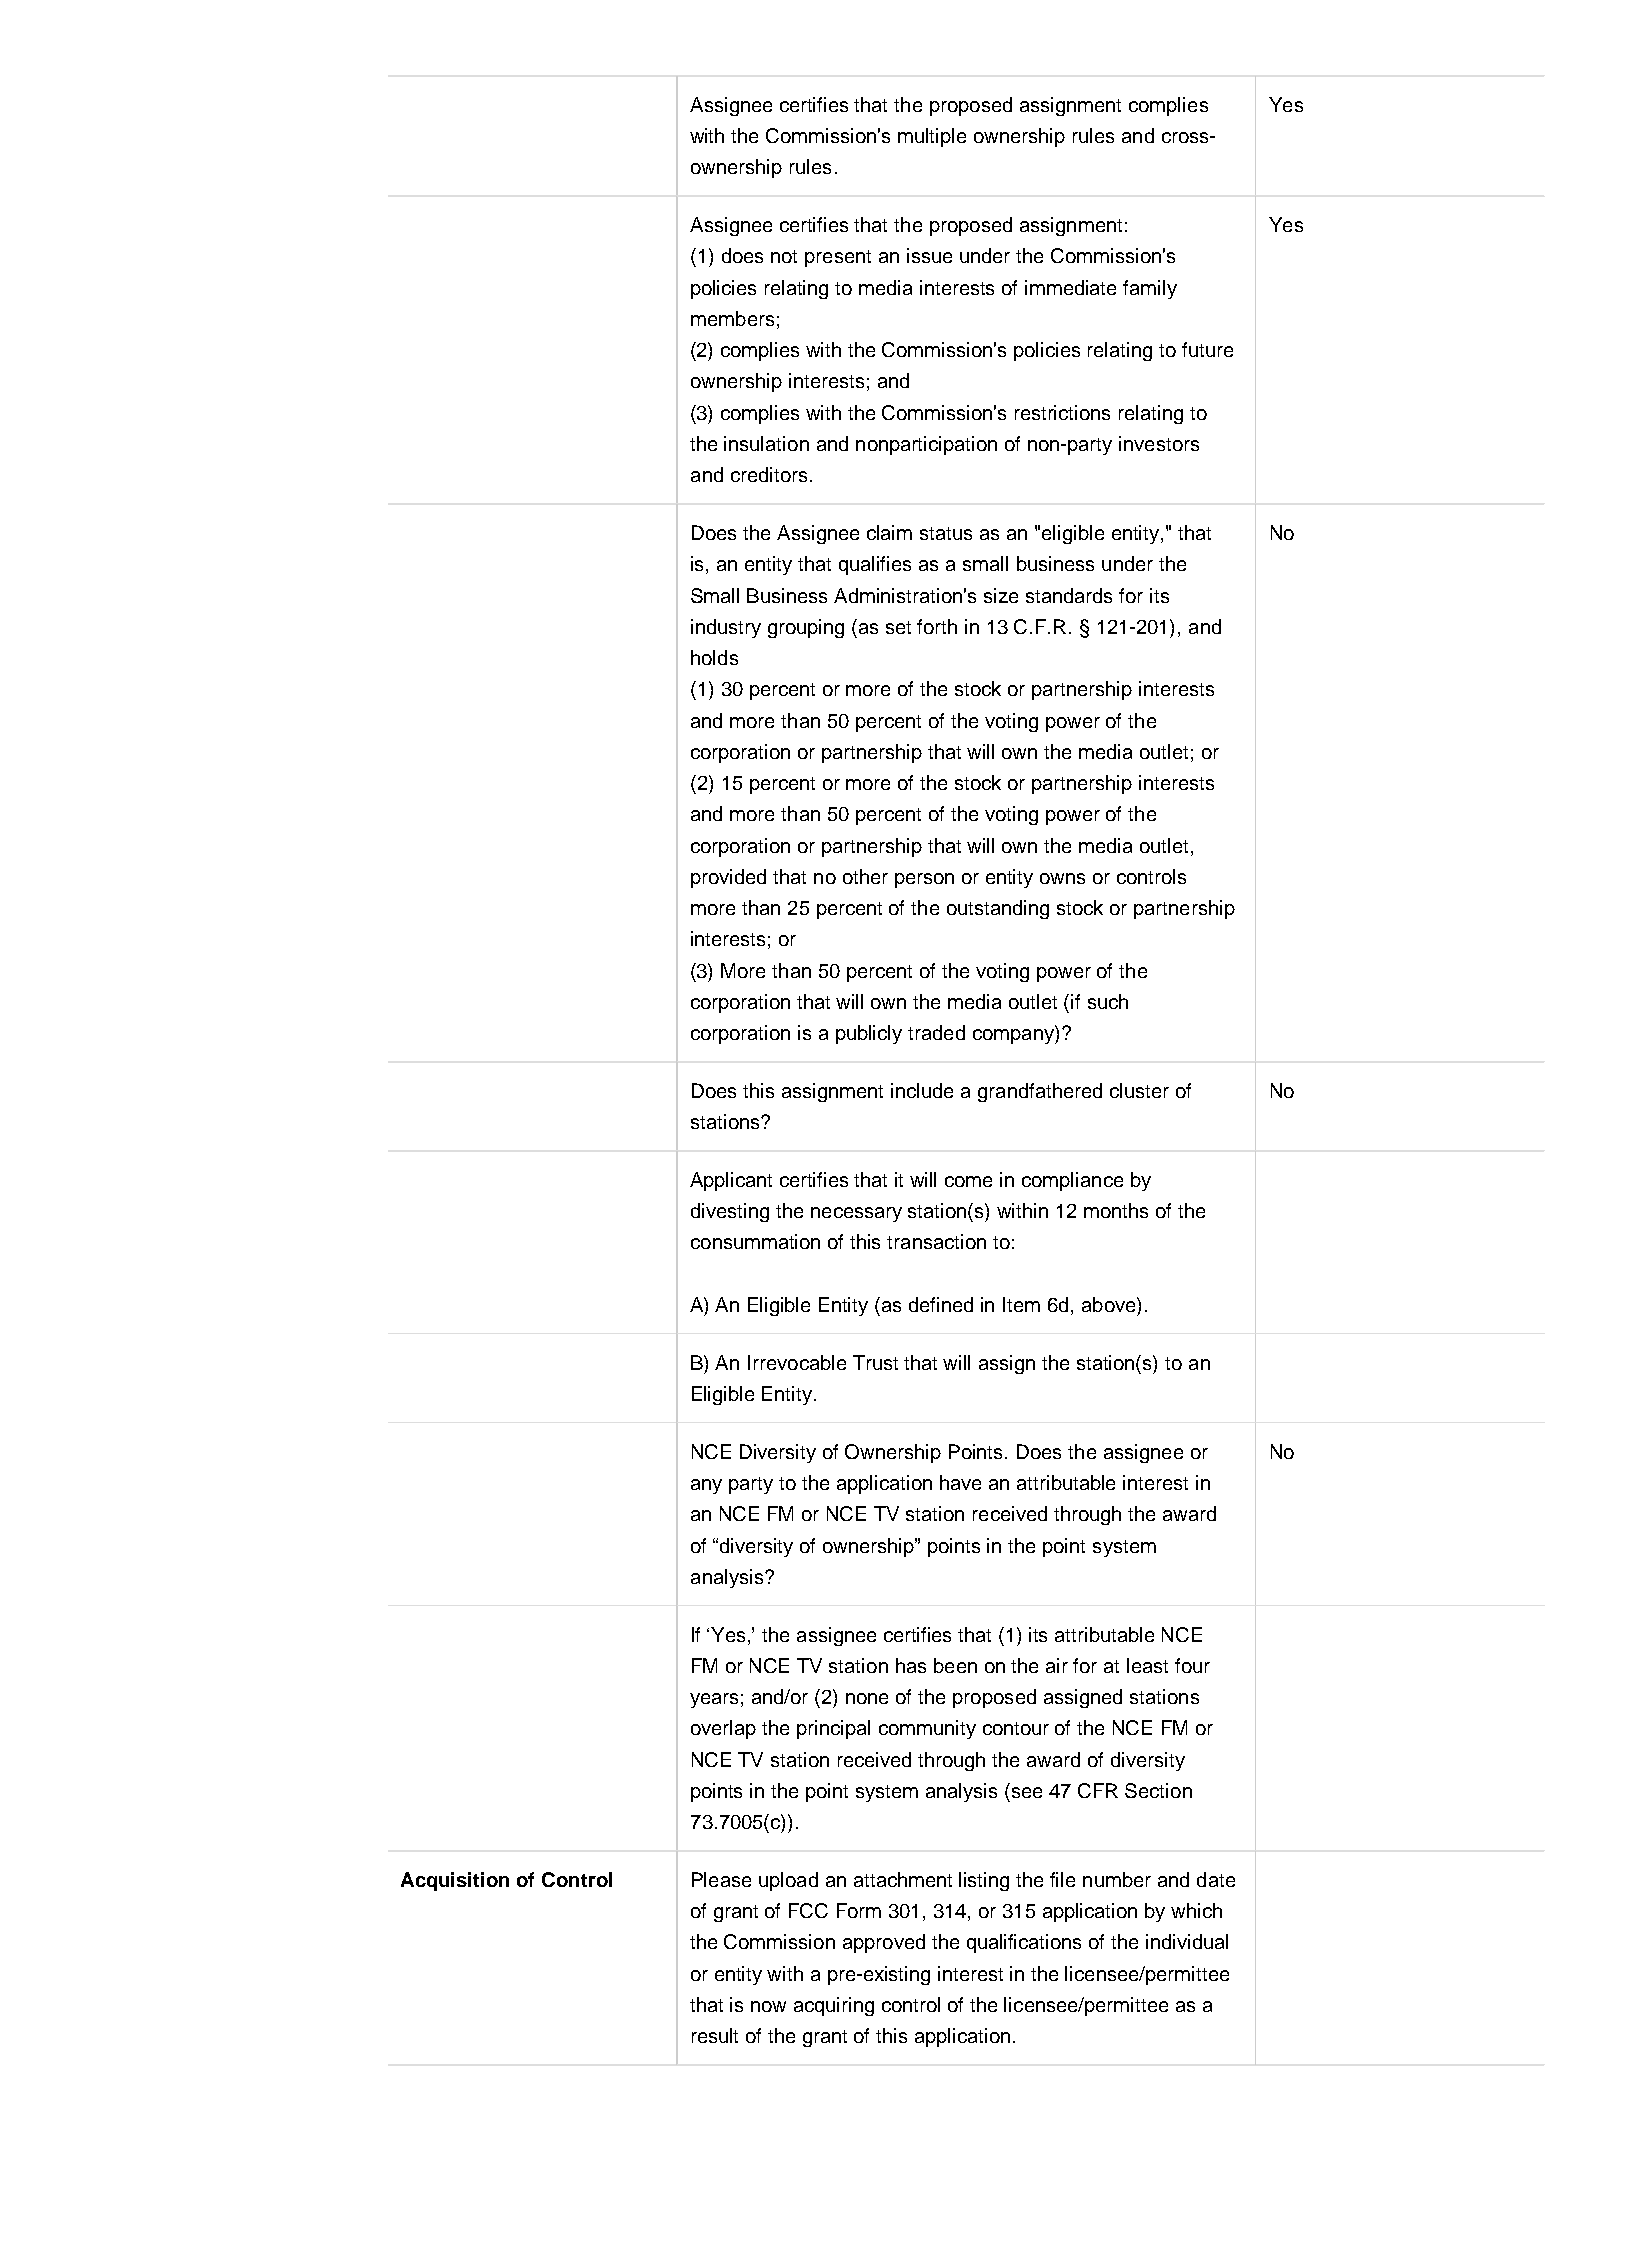
Assignee certifies that the proposed assignment complies Yes
 with the Commission's multiple ownership rules and cross-
 ownership rules.
 Assignee certifies that the proposed assignment: Yes
 (1) does not present an issue under the Commission's
 policies relating to media interests of immediate family
 members;
 (2) complies with the Commission's policies relating to future
 ownership interests; and
 (3) complies with the Commission's restrictions relating to
 the insulation and nonparticipation of non-party investors
 and creditors.
 Does the Assignee claim status as an "eligible entity," that No
 is, an entity that qualifies as a small business under the
 Small Business Administration's size standards for its
 industry grouping (as set forth in 13 C.F.R. § 121-201), and
 holds
 (1) 30 percent or more of the stock or partnership interests
 and more than 50 percent of the voting power of the
 corporation or partnership that will own the media outlet; or
 (2) 15 percent or more of the stock or partnership interests
 and more than 50 percent of the voting power of the
 corporation or partnership that will own the media outlet,
 provided that no other person or entity owns or controls
 more than 25 percent of the outstanding stock or partnership
 interests; or
 (3) More than 50 percent of the voting power of the
 corporation that will own the media outlet (if such
 corporation is a publicly traded company)?
 Does this assignment include a grandfathered cluster of No
 stations?
 Applicant certifies that it will come in compliance by
 divesting the necessary station(s) within 12 months of the
 consummation of this transaction to:
 A) An Eligible Entity (as defined in Item 6d, above).
 B) An Irrevocable Trust that will assign the station(s) to an
 Eligible Entity.
 NCE Diversity of Ownership Points. Does the assignee or No
 any party to the application have an attributable interest in
 an NCE FM or NCE TV station received through the award
 of “diversity of ownership” points in the point system
 analysis?
 If ‘Yes,’ the assignee certifies that (1) its attributable NCE
 FM or NCE TV station has been on the air for at least four
 years; and/or (2) none of the proposed assigned stations
 overlap the principal community contour of the NCE FM or
 NCE TV station received through the award of diversity
 points in the point system analysis (see 47 CFR Section
 73.7005(c)).
 Acquisition of Control Please upload an attachment listing the file number and date
 of grant of FCC Form 301, 314, or 315 application by which
 the Commission approved the qualifications of the individual
 or entity with a pre-existing interest in the licensee/permittee
 that is now acquiring control of the licensee/permittee as a
 result of the grant of this application.